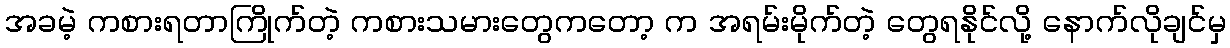
အခမဲ့ ကစားရတာကြိုက်တဲ့ ကစားသမားတွေကတော့ က အရမ်းမိုက်တဲ့ တွေရနိုင်လို့ နောက်လိုချင်မှ